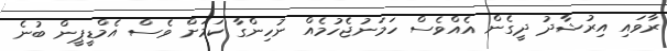
ރާވައި އިރުޝާދު ދީގެން އެއްވެސް ހަމަނުޖެހުމެއް ނުހިންގާ ކަމަށް ވެސް އެމްޑީޕީން ބުނެ